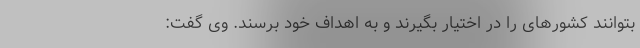
بتوانند کشورهای را در اختیار بگیرند و به اهداف خود برسند. وی گفت: